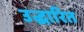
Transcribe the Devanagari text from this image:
उद्धारित